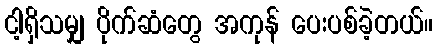
ငါ့ရှိသမျှ ပိုက်ဆံတွေ အကုန် ပေးပစ်ခဲ့တယ်။